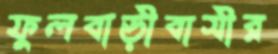
ফুলবাড়ীবাসীর